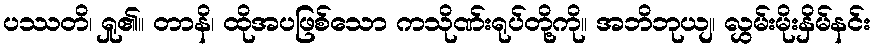
ပဿတိ၊ ရှု၏။ တာနိ၊ ထိုအပဖြစ်သော ကသိုဏ်းရုပ်တို့ကို။ အဘိဘုယျ၊ လွှမ်းမိုးနှိမ်နင်း